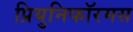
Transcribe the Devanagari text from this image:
प्रियुनिफॉरमस